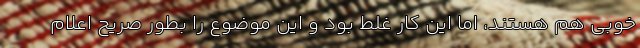
خوبی هم هستند، اما این کار غلط بود و این موضوع را بطور صریح اعلام